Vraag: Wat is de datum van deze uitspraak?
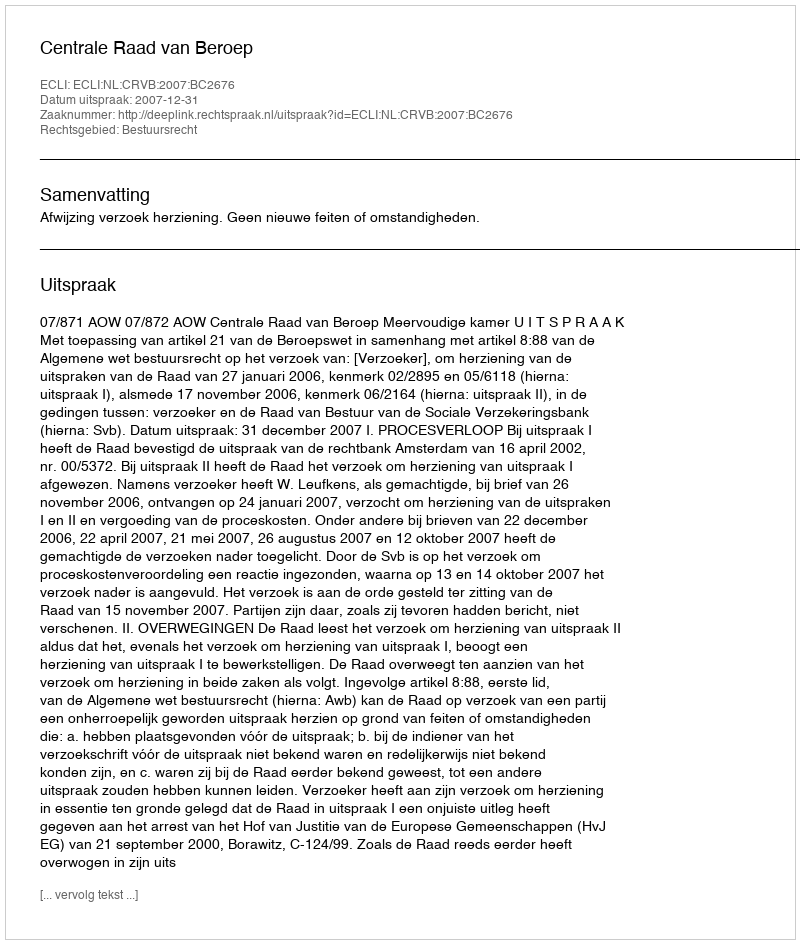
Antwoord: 2007-12-31